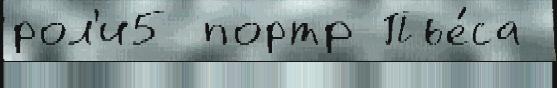
рол'и5 портр Пье́са